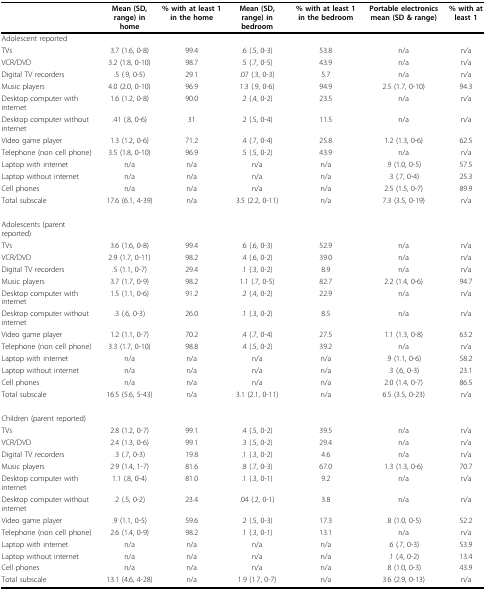
<table><thead><tr><td></td><td><b>Mean (SD, range) in home</b></td><td><b>% with at least 1 in the home</b></td><td><b>Mean (SD, range) in bedroom</b></td><td><b>% with at least 1 in the bedroom</b></td><td><b>Portable electronics mean (SD &amp; range)</b></td><td><b>% with at least 1</b></td></tr></thead><tbody><tr><td>Adolescent reported</td><td></td><td></td><td></td><td></td><td></td><td></td></tr><tr><td>TVs</td><td>3.7 (1.6, 0-8)</td><td>99.4</td><td>.6 (.5, 0-3)</td><td>53.8</td><td>n/a</td><td>n/a</td></tr><tr><td>VCR/DVD</td><td>3.2 (1.8, 0-10)</td><td>98.7</td><td>.5 (.7, 0-5)</td><td>43.9</td><td>n/a</td><td>n/a</td></tr><tr><td>Digital TV recorders</td><td>.5 (.9, 0-5)</td><td>29.1</td><td>.07 (.3, 0-3)</td><td>5.7</td><td>n/a</td><td>n/a</td></tr><tr><td>Music players</td><td>4.0 (2.0, 0-10)</td><td>96.9</td><td>1.3 (.9, 0-6)</td><td>94.9</td><td>2.5 (1.7, 0-10)</td><td>94.3</td></tr><tr><td>Desktop computer with internet</td><td>1.6 (1.2, 0-8)</td><td>90.0</td><td>.2 (.4, 0-2)</td><td>23.5</td><td>n/a</td><td>n/a</td></tr><tr><td>Desktop computer without internet</td><td>.41 (.8, 0-6)</td><td>31</td><td>.2 (.5, 0-4)</td><td>11.5</td><td>n/a</td><td>n/a</td></tr><tr><td>Video game player</td><td>1.3 (1.2, 0-6)</td><td>71.2</td><td>.4 (.7, 0-4)</td><td>25.8</td><td>1.2 (1.3, 0-6)</td><td>62.5</td></tr><tr><td>Telephone (non cell phone)</td><td>3.5 (1.8, 0-10)</td><td>96.9</td><td>.5 (.5, 0-2)</td><td>43.9</td><td>n/a</td><td>n/a</td></tr><tr><td>Laptop with internet</td><td>n/a</td><td>n/a</td><td>n/a</td><td>n/a</td><td>.9 (1.0, 0-5)</td><td>57.5</td></tr><tr><td>Laptop without internet</td><td>n/a</td><td>n/a</td><td>n/a</td><td>n/a</td><td>.3 (.7, 0-4)</td><td>25.3</td></tr><tr><td>Cell phones</td><td>n/a</td><td>n/a</td><td>n/a</td><td>n/a</td><td>2.5 (1.5, 0-7)</td><td>89.9</td></tr><tr><td>Total subscale</td><td>17.6 (6.1, 4-39)</td><td>n/a</td><td>3.5 (2.2, 0-11)</td><td>n/a</td><td>7.3 (3.5, 0-19)</td><td>n/a</td></tr><tr><td>Adolescents (parent reported)</td><td></td><td></td><td></td><td></td><td></td><td></td></tr><tr><td>TVs</td><td>3.6 (1.6, 0-8)</td><td>99.4</td><td>.6 (.6, 0-3)</td><td>52.9</td><td>n/a</td><td>n/a</td></tr><tr><td>VCR/DVD</td><td>2.9 (1.7, 0-11)</td><td>98.2</td><td>.4 (.6, 0-2)</td><td>39.0</td><td>n/a</td><td>n/a</td></tr><tr><td>Digital TV recorders</td><td>.5 (1.1, 0-7)</td><td>29.4</td><td>.1 (.3, 0-2)</td><td>8.9</td><td>n/a</td><td>n/a</td></tr><tr><td>Music players</td><td>3.7 (1.7, 0-9)</td><td>98.2</td><td>1.1 (.7, 0-5)</td><td>82.7</td><td>2.2 (1.4, 0-6)</td><td>94.7</td></tr><tr><td>Desktop computer with internet</td><td>1.5 (1.1, 0-6)</td><td>91.2</td><td>.2 (.4, 0-2)</td><td>22.9</td><td>n/a</td><td>n/a</td></tr><tr><td>Desktop computer without internet</td><td>.3 (.6, 0-3)</td><td>26.0</td><td>.1 (.3, 0-2)</td><td>8.5</td><td>n/a</td><td>n/a</td></tr><tr><td>Video game player</td><td>1.2 (1.1, 0-7)</td><td>70.2</td><td>.4 (.7, 0-4)</td><td>27.5</td><td>1.1 (1.3, 0-8)</td><td>63.2</td></tr><tr><td>Telephone (non cell phone)</td><td>3.3 (1.7, 0-10)</td><td>98.8</td><td>.4 (.5, 0-2)</td><td>39.2</td><td>n/a</td><td>n/a</td></tr><tr><td>Laptop with internet</td><td>n/a</td><td>n/a</td><td>n/a</td><td>n/a</td><td>.9 (1.1, 0-6)</td><td>58.2</td></tr><tr><td>Laptop without internet</td><td>n/a</td><td>n/a</td><td>n/a</td><td>n/a</td><td>.3 (.6, 0-3)</td><td>23.1</td></tr><tr><td>Cell phones</td><td>n/a</td><td>n/a</td><td>n/a</td><td>n/a</td><td>2.0 (1.4, 0-7)</td><td>86.5</td></tr><tr><td>Total subscale</td><td>16.5 (5.6, 5-43)</td><td>n/a</td><td>3.1 (2.1, 0-11)</td><td>n/a</td><td>6.5 (3.5, 0-23)</td><td>n/a</td></tr><tr><td>Children (parent reported)</td><td></td><td></td><td></td><td></td><td></td><td></td></tr><tr><td>TVs</td><td>2.8 (1.2, 0-7)</td><td>99.1</td><td>.4 (.5, 0-2)</td><td>39.5</td><td>n/a</td><td>n/a</td></tr><tr><td>VCR/DVD</td><td>2.4 (1.3, 0-6)</td><td>99.1</td><td>.3 (.5, 0-2)</td><td>29.4</td><td>n/a</td><td>n/a</td></tr><tr><td>Digital TV recorders</td><td>.3 (.7, 0-3)</td><td>19.8</td><td>.1 (.3, 0-2)</td><td>4.6</td><td>n/a</td><td>n/a</td></tr><tr><td>Music players</td><td>2.9 (1.4, 1-7)</td><td>81.6</td><td>.8 (.7, 0-3)</td><td>67.0</td><td>1.3 (1.3, 0-6)</td><td>70.7</td></tr><tr><td>Desktop computer with internet</td><td>1.1 (.8, 0-4)</td><td>81.0</td><td>.1 (.3, 0-1)</td><td>9.2</td><td>n/a</td><td>n/a</td></tr><tr><td>Desktop computer without internet</td><td>.2 (.5, 0-2)</td><td>23.4</td><td>.04 (.2, 0-1)</td><td>3.8</td><td>n/a</td><td>n/a</td></tr><tr><td>Video game player</td><td>.9 (1.1, 0-5)</td><td>59.6</td><td>.2 (.5, 0-3)</td><td>17.3</td><td>.8 (1.0, 0-5)</td><td>52.2</td></tr><tr><td>Telephone (non cell phone)</td><td>2.6 (1.4, 0-9)</td><td>98.2</td><td>.1 (.3, 0-1)</td><td>13.1</td><td>n/a</td><td>n/a</td></tr><tr><td>Laptop with internet</td><td>n/a</td><td>n/a</td><td>n/a</td><td>n/a</td><td>.6 (.7, 0-3)</td><td>53.9</td></tr><tr><td>Laptop without internet</td><td>n/a</td><td>n/a</td><td>n/a</td><td>n/a</td><td>.1 (.4, 0-2)</td><td>13.4</td></tr><tr><td>Cell phones</td><td>n/a</td><td>n/a</td><td>n/a</td><td>n/a</td><td>.8 (1.0, 0-3)</td><td>43.9</td></tr><tr><td>Total subscale</td><td>13.1 (4.6, 4-28)</td><td>n/a</td><td>1.9 (1.7, 0-7)</td><td>n/a</td><td>3.6 (2.9, 0-13)</td><td>n/a</td></tr></tbody></table>